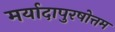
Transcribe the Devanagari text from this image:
मर्यादापुरषोत्तम